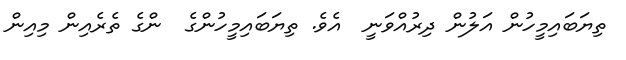
ތިޔަބައިމީހުން އަލުން ދިރުއްވަނީ  އެވެ. ތިޔަބައިމީހުންގެ  ންގެ ތެރެއިން މިއިން